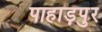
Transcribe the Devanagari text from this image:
पाहाड़पुर